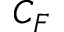
C _ { F }